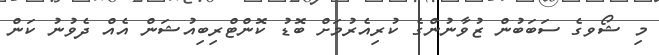
މި ޝޯވގެ ސަބަބުން ޒުވާނުންގެ ކުރިއެރުމަށް ބޮޑު ކޮންޓްރިބިއުޝަން އެއް ދެވުނު ކަން